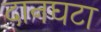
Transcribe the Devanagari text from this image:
दानघटा